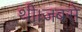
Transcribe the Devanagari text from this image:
थी।जबसे